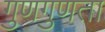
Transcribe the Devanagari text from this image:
गुणगुणता